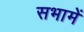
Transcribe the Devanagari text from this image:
सभामें